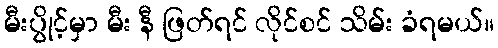
မီးပွိုင့်မှာ မီး နီ ဖြတ်ရင် လိုင်စင် သိမ်း ခံရမယ်။